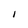
Character: I